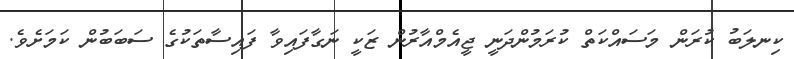
ކިނލަބު ކުރަން މަސައްކަތް ކުރަމުންދަނީ ޖީއެމްއާރުން ޒަކީ ނަގާފައިވާ ފައިސާތަކުގެ ސަބަބުން ކަމަށެވެ.